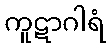
ကူဋာဂါရံ